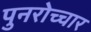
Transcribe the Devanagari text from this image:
पुनरोच्चार